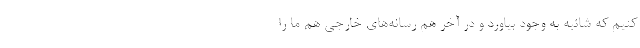
کنیم که شائبه به وجود بیاورد و در آخر هم رسانه‌های خارجی هم ما را